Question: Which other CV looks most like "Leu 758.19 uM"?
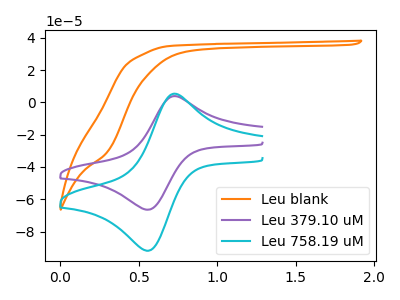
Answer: <think>The orange curve "Leu blank" has no peaks. The purple curve "Leu 379.10 uM" has an anodic peak at (0.75V, 3.90uA) and a cathodic peak at (0.55V, -66.45uA). The cyan curve "Leu 758.19 uM" has an anodic peak at (0.75V, 5.35uA) and a cathodic peak at (0.55V, -91.85uA).
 "Leu blank" and "Leu 379.10 uM" have a different number of peaks. "Leu blank" and "Leu 758.19 uM" have a different number of peaks. All the peaks in "Leu 379.10 uM" have a peak in "Leu 758.19 uM" at the same potential. Every peak in "Leu 379.10 uM" is lower than every peak in "Leu 758.19 uM".</think>
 <answer>The CV with the most similar shape to "Leu 379.10 uM" is "Leu 758.19 uM".</answer>
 <eval>"Leu 758.19 uM"</eval>